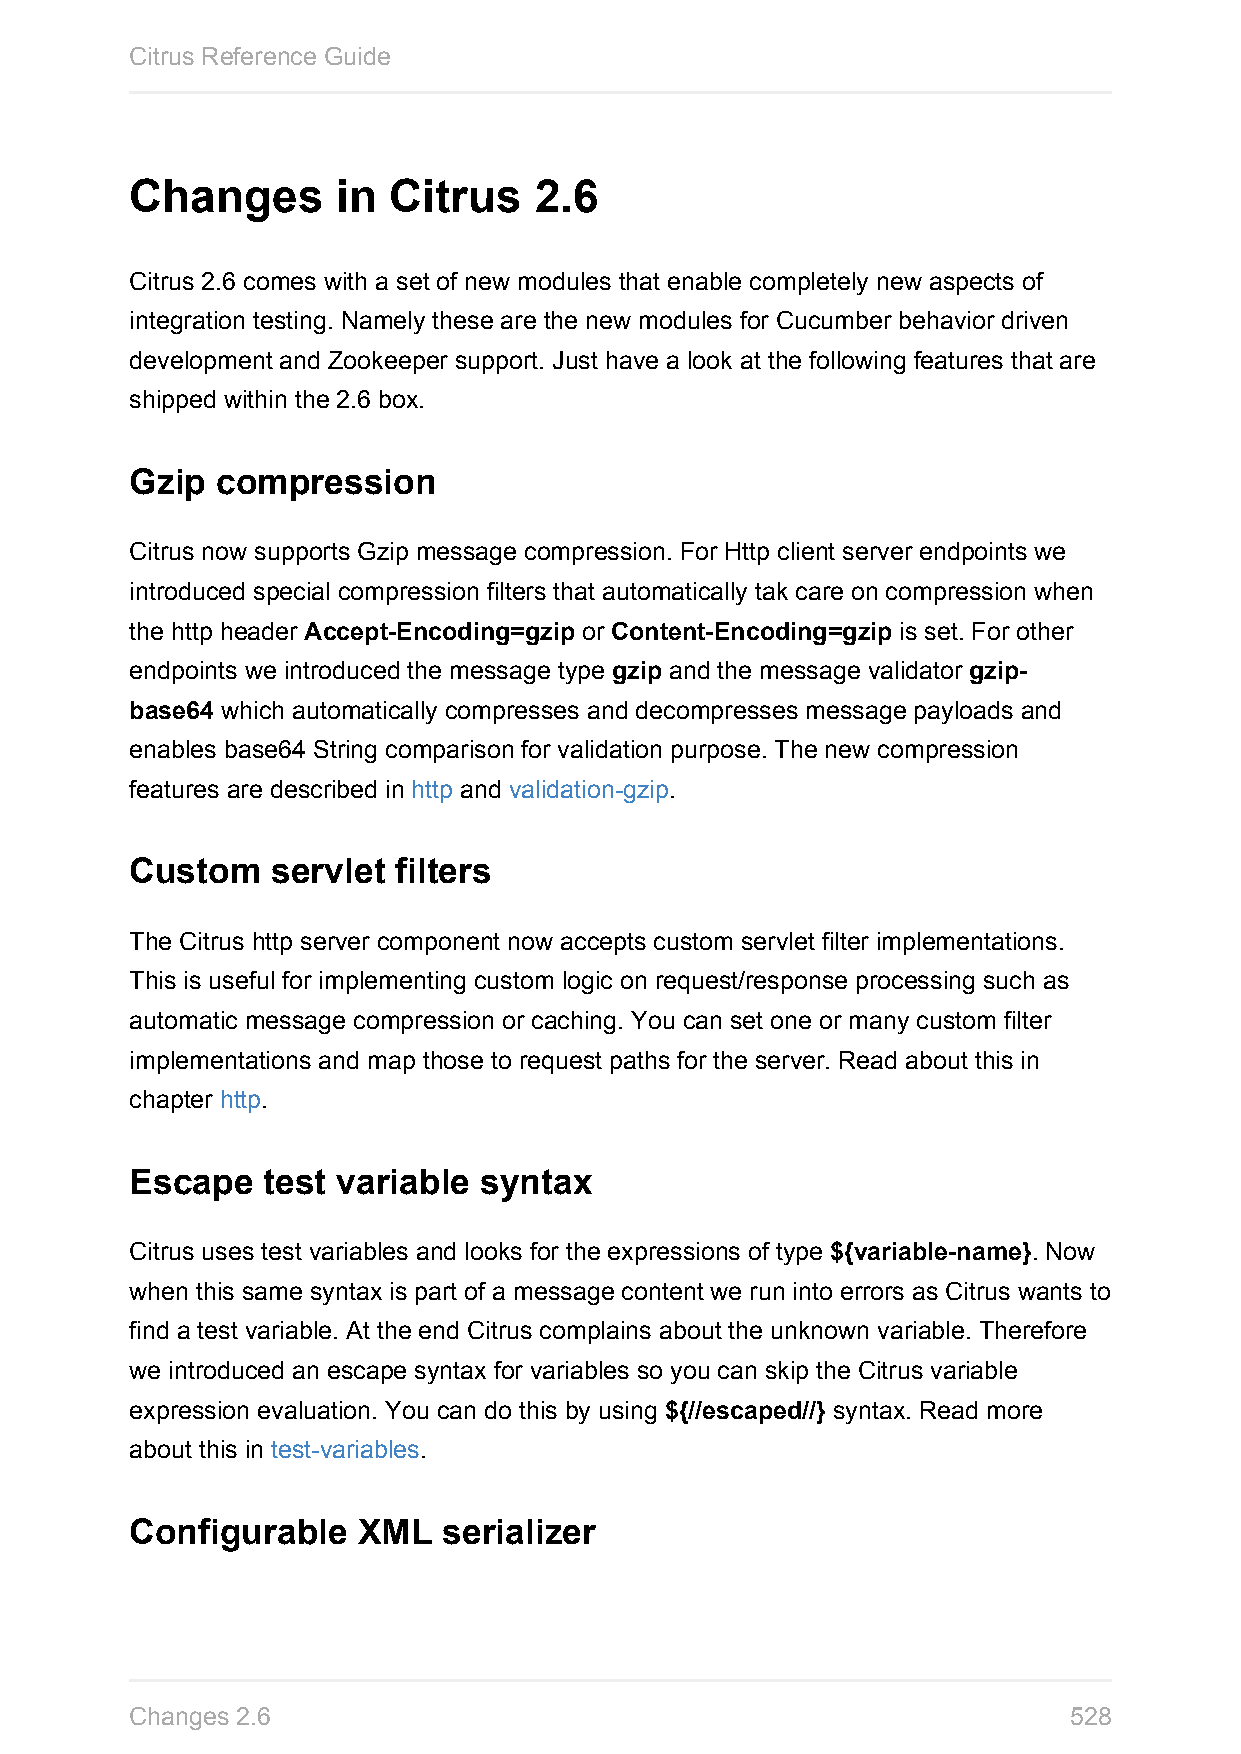
Citrus Reference Guide
 Changes      in  Citrus   2.6
 Citrus 2.6 comes with a set of new modules that enable completely new aspects of
 integration testing. Namely these are the new modules for Cucumber behavior driven
 development and Zookeeper support. Just have a look at the following features that are
 shipped within the 2.6 box.
 Gzip compression
 Citrus now supports Gzip message compression. For Http client server endpoints we
 introduced special compression filters that automatically tak care on compression when
 the http header Accept-Encoding=gzip or Content-Encoding=gzip is set. For other
 endpoints we introduced the message type gzip and the message validator gzip-
 base64 which automatically compresses and decompresses message payloads and
 enables base64 String comparison for validation purpose. The new compression
 features are described in http and validation-gzip.
 Custom   servlet filters
 The Citrus http server component now accepts custom servlet filter implementations.
 This is useful for implementing custom logic on request/response processing such as
 automatic message compression or caching. You can set one or many custom filter
 implementations and map those to request paths for the server. Read about this in
 chapter http.
 Escape  test variable  syntax
 Citrus uses test variables and looks for the expressions of type ${variable-name}. Now
 when this same syntax is part of a message content we run into errors as Citrus wants to
 find a test variable. At the end Citrus complains about the unknown variable. Therefore
 we introduced an escape syntax for variables so you can skip the Citrus variable
 expression evaluation. You can do this by using ${//escaped//} syntax. Read more
 about this in test-variables.
 Configurable   XML  serializer
 Changes 2.6                                                   528